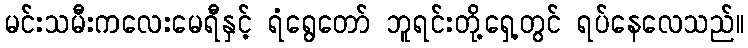
မင်းသမီးကလေးမေရီနှင့် ရံရွေတော် ဘူရင်းတို့ရှေ့တွင် ရပ်နေလေသည်။